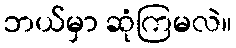
ဘယ်မှာ ဆုံကြမလဲ။